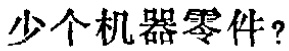
少个机器零件?